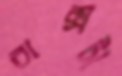
বাক্সটা